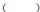
( )